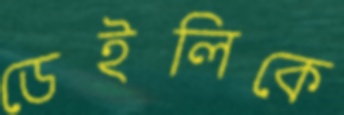
ডেইলিকে